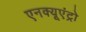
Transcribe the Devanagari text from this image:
एनक्यूएंट्रो